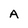
Character: A